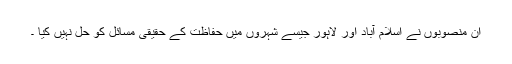
ان منصوبوں نے اسلام آباد اور لاہور جیسے شہروں میں حفاظت کے حقیقی مسائل کو حل نہیں کیا ۔